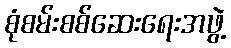
စုံစမ်းစစ်ဆေးရေးအဖွဲ့